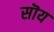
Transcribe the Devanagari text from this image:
सॊय